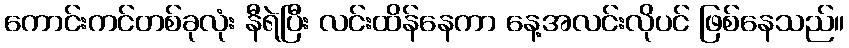
ကောင်းကင်တစ်ခုလုံး နီရဲပြီး လင်းထိန်နေကာ နေ့အလင်းလိုပင် ဖြစ်နေသည်။